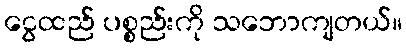
ငွေထည် ပစ္စည်းကို သဘောကျတယ်။